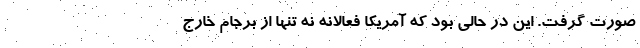
صورت گرفت. این در حالی بود که آمریکا فعالانه نه تنها از برجام خارج